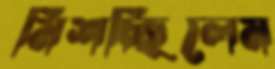
মিশচ্ছিলেম